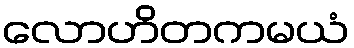
လောဟိတကမယံ